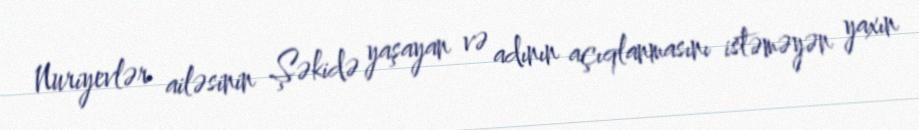
Nuriyevlər ailəsinin Şəkidə yaşayan və adının açıqlanmasını istəməyən yaxın